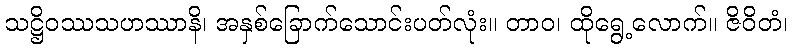
သဋ္ဌိဝဿသဟဿာနိ၊ အနှစ်ခြောက်သောင်းပတ်လုံး။ တာဝ၊ ထိုရွေ့လောက်။ ဇိဝိတံ၊